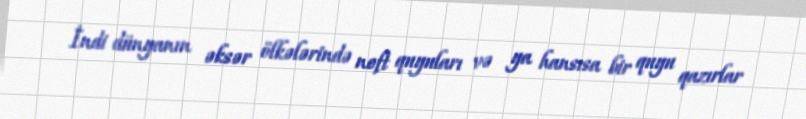
İndi dünyanın əksər ölkələrində neft quyuları və ya hansısa bir quyu qazırlar